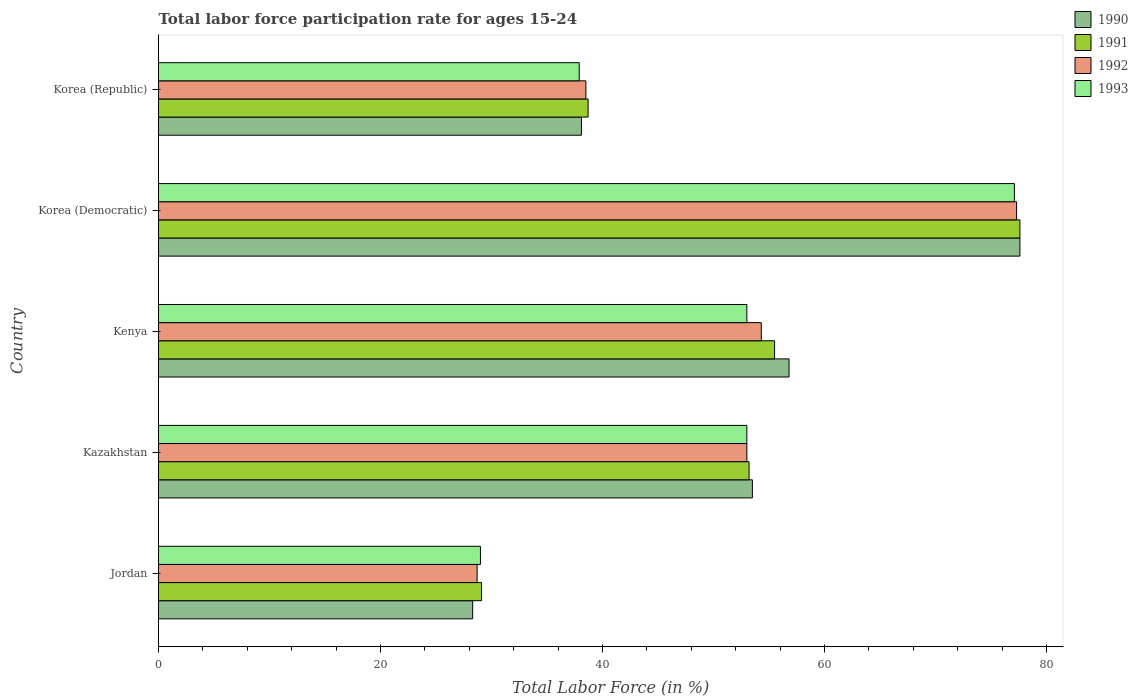
| Country | 1990 | 1991 | 1992 | 1993 |
 | --- | --- | --- | --- | --- |
 | Jordan | 28.3 | 29.1 | 28.7 | 29 |
 | Kazakhstan | 53.5 | 53.2 | 53 | 53 |
 | Kenya | 56.8 | 55.5 | 54.3 | 53 |
 | Korea (Democratic) | 77.6 | 77.6 | 77.3 | 77.1 |
 | Korea (Republic) | 38.1 | 38.7 | 38.5 | 37.9 |